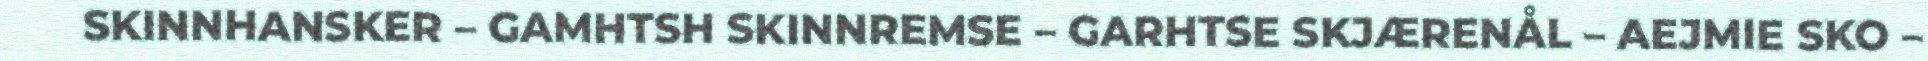
SKINNHANSKER – GAMHTSH SKINNREMSE – GARHTSE SKJÆRENÅL – AEJMIE SKO –